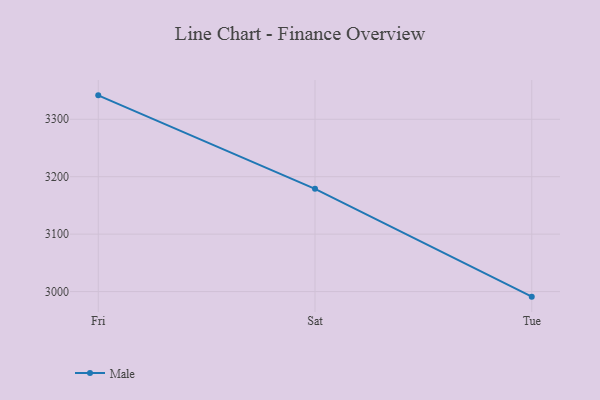
{"axis": {"x": "Day", "y": "Churn Rate (%)"}, "legend": ["Male"], "data": [{"x": "Fri", "y": 3341.6, "type": "Male"}, {"x": "Sat", "y": 3178.9, "type": "Male"}, {"x": "Tue", "y": 2991.2, "type": "Male"}]}